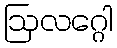
ဩလဂ္ဂေါ